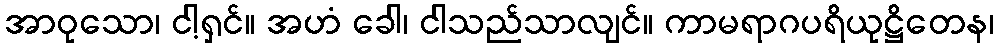
အာဝုသော၊ ငါ့ရှင်။ အဟံ ခေါ၊ ငါသည်သာလျင်။ ကာမရာဂပရိယုဋ္ဌိတေန၊